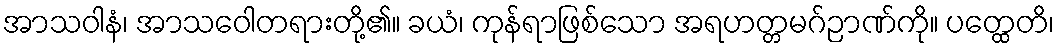
အာသဝါနံ၊ အာသဝေါတရားတို့၏။ ခယံ၊ ကုန်ရာဖြစ်သော အရဟတ္တမဂ်ဉာဏ်ကို။ ပတ္ထေတိ၊